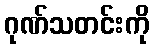
ဂုဏ်သတင်းကို